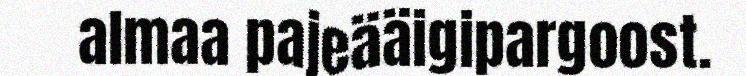
almaa pajeääigipargoost.